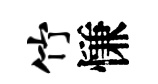
竹慊